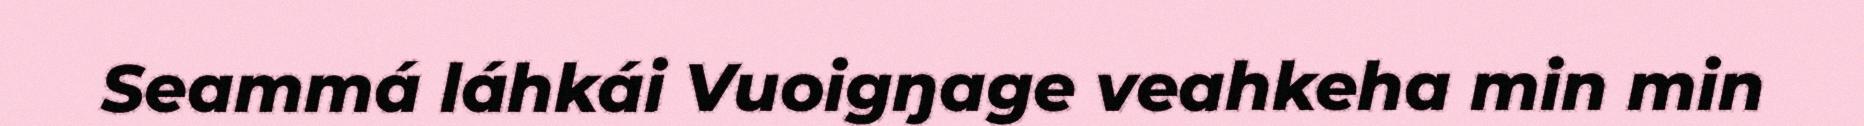
Seammá láhkái Vuoigŋage veahkeha min min